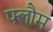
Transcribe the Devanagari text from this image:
फ्लौम